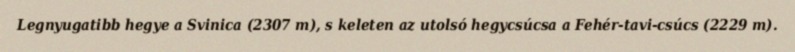
Legnyugatibb hegye a Svinica (2307 m), s keleten az utolsó hegycsúcsa a Fehér-tavi-csúcs (2229 m).